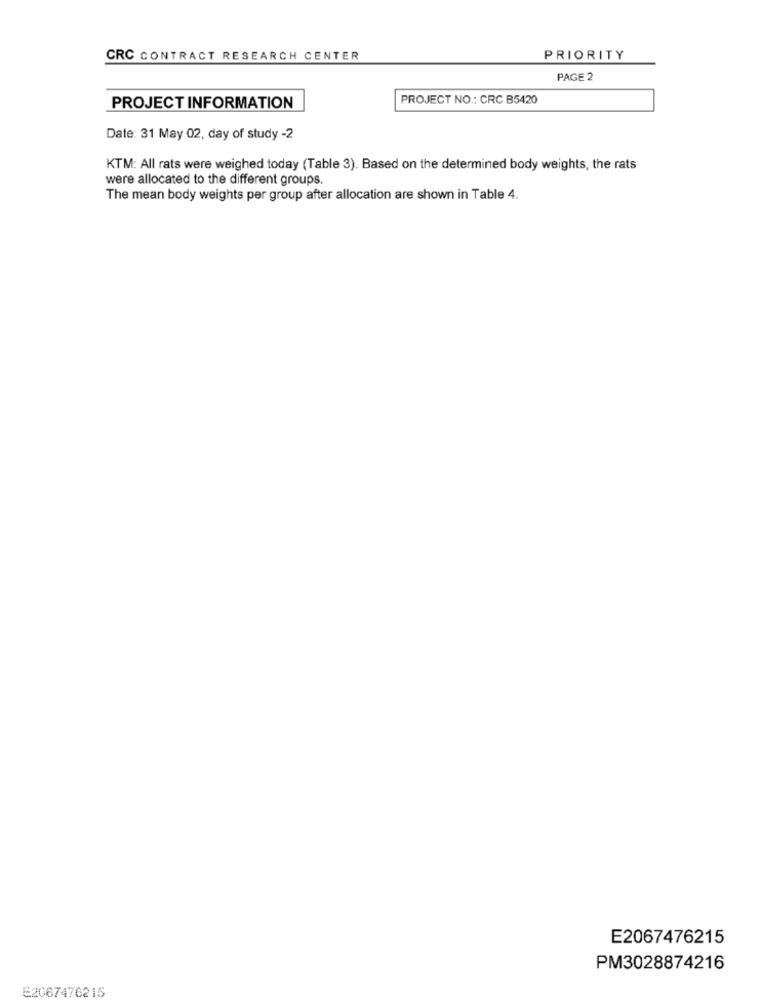
CRC CONTRACT RESEARCH CENTER
PRIORITY
PAGE 2
PROJECT NO .: CRC B5420
PROJECT INFORMATION
Date: 31 May 02, day of study -2
KTM: All rats were weighed today (Table 3). Based on the determined body weights, the rats
were allocated to the different groups
The mean body weights per group after allocation are shown in Table 4.
E2067476215
PM3028874216
E2067476215